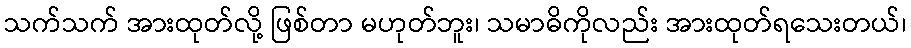
သက်သက် အားထုတ်လို့ ဖြစ်တာ မဟုတ်ဘူး၊ သမာဓိကိုလည်း အားထုတ်ရသေးတယ်၊